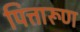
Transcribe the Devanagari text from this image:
पित्तारूण